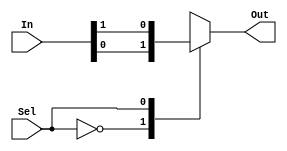
`timescale 1ns/1ps
// Multiplixer 2X1  

module Mux_2(Out, In, Sel);
	
	output reg Out;
	input [1:0]In;
	input Sel;

always@(In, Sel)
begin
	case(Sel)
	1'b0: Out = In[0];
	1'b1: Out = In[1];
	default: Out = 1'bx;
	endcase


end

endmodule

module Mux_2_tb();

	wire Out;
	reg [1:0]In;
	reg Sel;

Mux_2 m0(Out, In, Sel);

initial 
begin
	In = 1'b0;
	In = #15 1'b1;

end

endmodule